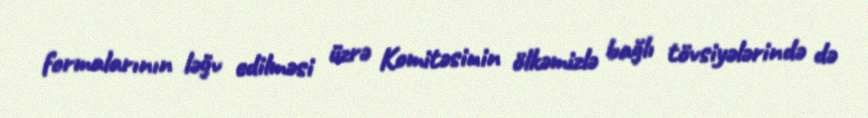
formalarının ləğv edilməsi üzrə Komitəsinin ölkəmizlə bağlı tövsiyələrində də